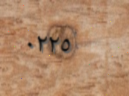
٠٢٢٥